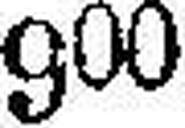
900